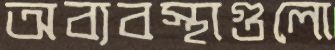
অব্যবস্থাগুলো